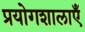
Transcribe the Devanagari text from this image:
प्रयोगशालाऍं